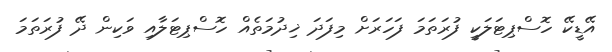
އޭޑީކޭ ހޮސްޕިޓަލަކީ ފުރަތަމަ ފަހަރަށް މިފަދަ ޚިދުމަތެއް ހޮސްޕިޓަލާއި ވަކިން ދޭ ފުރަތަމަ